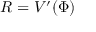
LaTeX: R = V ^ { \prime } ( \Phi )